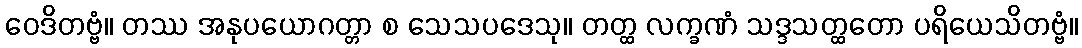
ဝေဒိတဗ္ဗံ။ တဿ အနုပယောဂတ္တာ စ သေသပဒေသု။ တတ္ထ လက္ခဏံ သဒ္ဒသတ္ထတော ပရိယေသိတဗ္ဗံ။